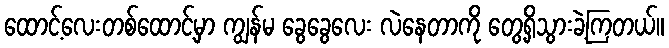
ထောင့်လေးတစ်ထောင့်မှာ ကျွန်မ ခွေခွေလေး လဲနေတာကို တွေ့ရှိသွားခဲ့ကြတယ်။